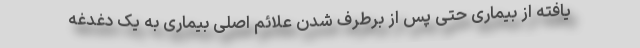
یافته از بیماری حتی پس از برطرف شدن علائم اصلی بیماری به یک دغدغه